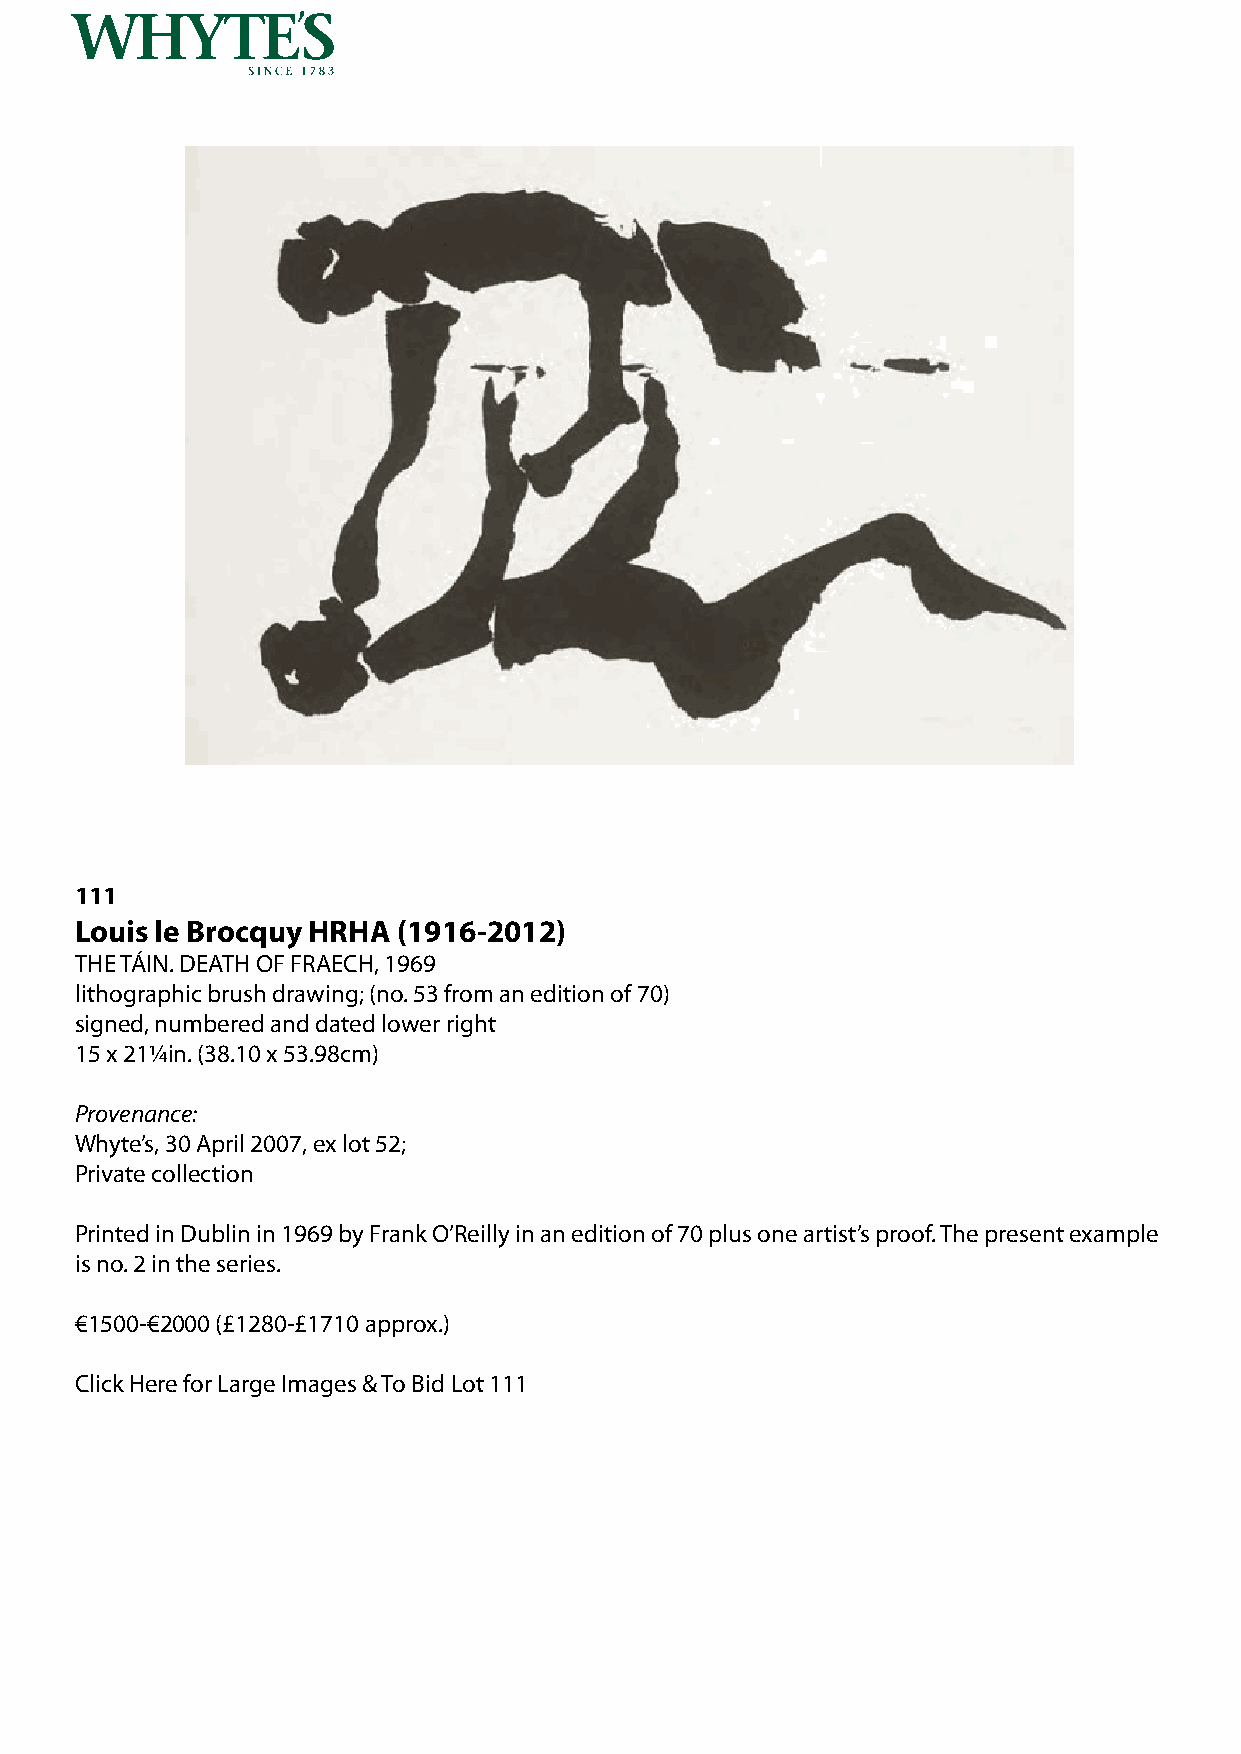
111
 Louis le Brocquy HRHA (1916-2012)
 THE TÁIN. DEATH OF FRAECH, 1969
 lithographic brush drawing; (no. 53 from an edition of 70)
 signed, numbered and dated lower right
 15 x 21¼in. (38.10 x 53.98cm)
 Provenance:
 Whyte’s, 30 April 2007, ex lot 52;
 Private collection
 Printed in Dublin in 1969 by Frank O’Reilly in an edition of 70 plus one artist’s proof. The present example
 is no. 2 in the series.
 €1500-€2000 (£1280-£1710 approx.)
 Click Here for Large Images & To Bid Lot 111